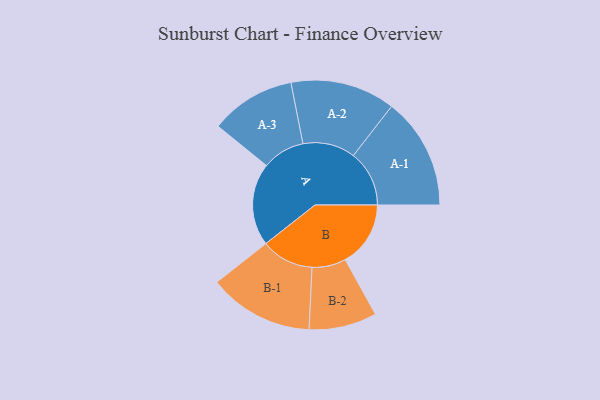
{"axis": {"x": "Segment", "y": "Value"}, "legend": ["", "A", "B"], "data": [{"x": "A", "y": 429, "type": ""}, {"x": "B", "y": 339, "type": ""}, {"x": "A-1", "y": 290, "type": "A"}, {"x": "A-2", "y": 272, "type": "A"}, {"x": "A-3", "y": 221, "type": "A"}, {"x": "B-1", "y": 273, "type": "B"}, {"x": "B-2", "y": 176, "type": "B"}]}